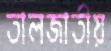
তালজাতীয়